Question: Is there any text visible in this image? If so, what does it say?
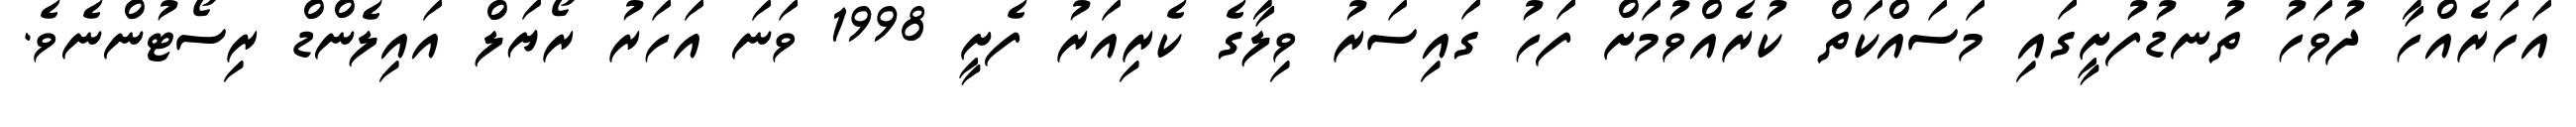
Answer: އަހަރެއްހާ ދުވަހު ތުނޑުފުށީގައި މަސައްކަތް ކުރެއްވުމަށް ފަހު ގައިސަރު ވިލާގެ ކެރިއަރު ފެށީ 1998 ވަނަ އަހަރު ރޯޔަލް އައިލެންޑް ރިސޯޓުންނެވެ.